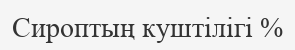
Сироптың куштілігі %